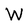
Character: W